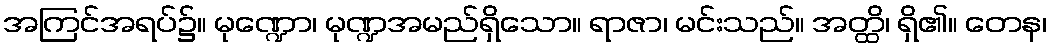
အကြင်အရပ်၌။ မုဏ္ဍော၊ မုဏ္ဍအမည်ရှိသော။ ရာဇာ၊ မင်းသည်။ အတ္ထိ၊ ရှိ၏။ တေန၊